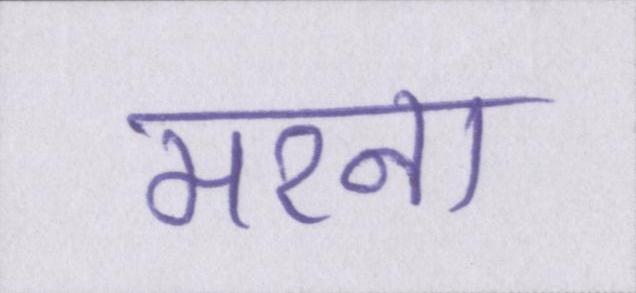
मरना